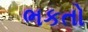
ભકતો